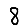
Digit: 8